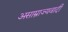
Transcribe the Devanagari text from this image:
असाम्राज्यवादी